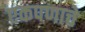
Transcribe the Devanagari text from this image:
एकपणाचे